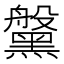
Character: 𪒀